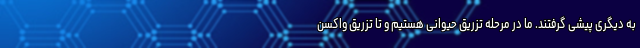
به دیگری پیشی گرفتند.‌ ما در مرحله تزریق حیوانی هستیم و تا تزریق واکسن